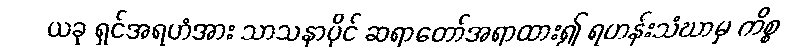
ယခု ရှင်အရဟံအား သာသနာပိုင် ဆရာတော်အရာထား၍ ရဟန်းသံဃာမှ ကိစ္စ